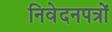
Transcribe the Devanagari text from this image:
निवेदनपत्रों